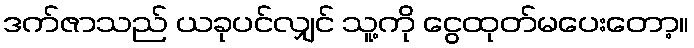
ဒက်ဇာသည် ယခုပင်လျှင် သူ့ကို ငွေထုတ်မပေးတော့။